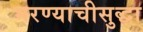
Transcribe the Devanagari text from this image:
भरण्याचीसुद्धा